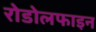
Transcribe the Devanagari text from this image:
रोडोलफाइन